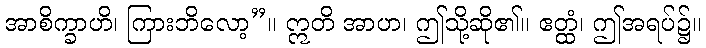
အာစိက္ခာဟိ၊ ကြားဘိလော့”။ ဣတိ အာဟ၊ ဤသို့ဆို၏။ ဧတ္ထံ၊ ဤအရပ်၌။